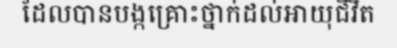
ដែលបានបង្កគ្រោះថ្នាក់ដល់អាយុជីវិត